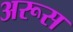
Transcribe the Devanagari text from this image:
अरूस